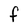
Character: F